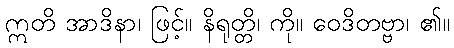
ဣတိ အာဒိနာ၊ ဖြင့်။ နိရုတ္တိ၊ ကို။ ဝေဒိတဗ္ဗာ၊ ၏။